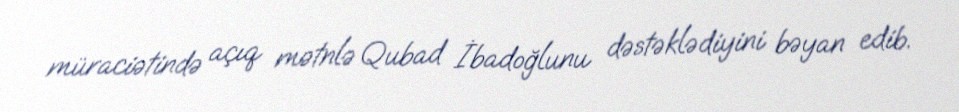
müraciətində açıq mətnlə Qubad İbadoğlunu dəstəklədiyini bəyan edib.